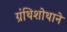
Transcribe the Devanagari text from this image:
ग्रंथिशोथाने